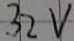
Text: 32V